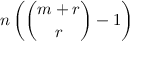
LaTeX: n \left( { \binom { m + r } { r } } - 1 \right)